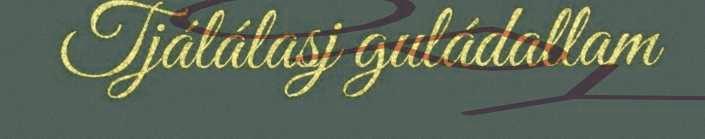
Tjálálasj guládallam